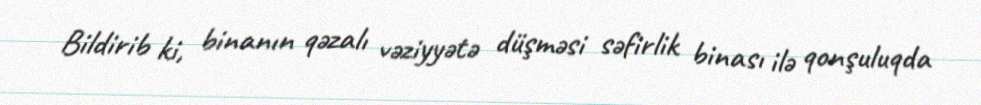
Bildirib ki, binanın qəzalı vəziyyətə düşməsi səfirlik binası ilə qonşuluqda